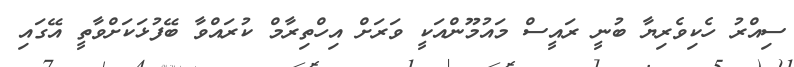
ސިއްރު ހެކިވެރިޔާ ބުނީ ރައީސް މައުމޫންއަކީ ވަރަށް އިހްތިރާމް ކުރައްވާ ބޭފުޅަކަށްވާތީ އޭގައި